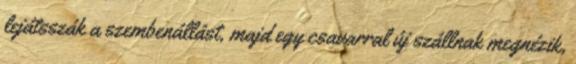
lejátsszák a szembenállást, majd egy csavarral új szállnak megnézik,